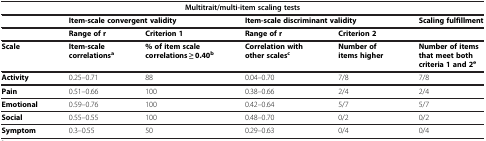
<table><thead><tr><td colspan="6"><b>Multitrait/multi-item scaling tests</b></td></tr></thead><tbody><tr><td> </td><td colspan="2"><b>Item-scale convergent validity</b></td><td colspan="2"><b>Item-scale discriminant validity</b></td><td><b>Scaling fulfillment</b></td></tr><tr><td> </td><td><b>Range of r</b></td><td><b>Criterion 1</b></td><td><b>Range of r</b></td><td><b>Criterion 2</b></td><td> </td></tr><tr><td><b>Scale</b></td><td><b>Item-scale correlations<sup>a</sup></b></td><td><b>% of item scale correlations ≥ 0.40<sup>b</sup></b></td><td><b>Correlation with other scales<sup>c</sup></b></td><td><b>Number of items higher</b></td><td><b>Number of items that meet both criteria 1 and 2<sup>e</sup></b></td></tr><tr><td><b>Activity</b></td><td>0.25–0.71</td><td>88</td><td>0.04–0.70</td><td>7/8</td><td>7/8</td></tr><tr><td><b>Pain</b></td><td>0.51–0.66</td><td>100</td><td>0.38–0.66</td><td>2/4</td><td>2/4</td></tr><tr><td><b>Emotional</b></td><td>0.59–0.76</td><td>100</td><td>0.42–0.64</td><td>5/7</td><td>5/7</td></tr><tr><td><b>Social</b></td><td>0.55–0.55</td><td>100</td><td>0.48–0.70</td><td>0/2</td><td>0/2</td></tr><tr><td><b>Symptom</b></td><td>0.3–0.55</td><td>50</td><td>0.29–0.63</td><td>0/4</td><td>0/4</td></tr></tbody></table>